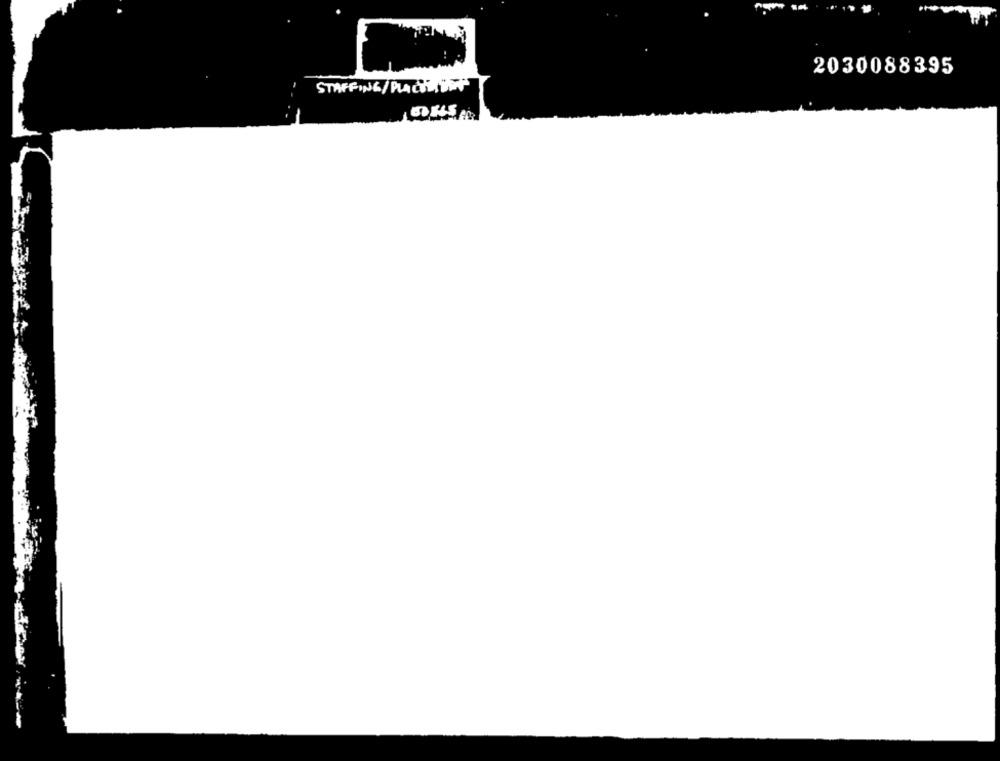
ـطمـ
2030088395
STAFFING/PLACEOFP